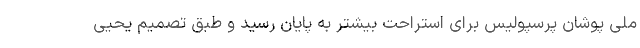
ملی پوشان پرسپولیس برای استراحت بیشتر به پایان رسید و طبق تصمیم یحیی